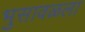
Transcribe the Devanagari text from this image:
भुसावळला